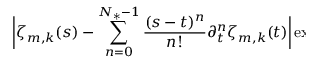
\begin{array} { r l } { \lefteqn { \biggl | \zeta _ { m , k } ( s ) - \sum _ { n = 0 } ^ { N _ { * } - 1 } \frac { ( s - t ) ^ { n } } { n ! } \partial _ { t } ^ { n } \zeta _ { m , k } ( t ) \biggr | \exp \Bigl ( \frac { 4 \pi ^ { 2 } \kappa } { \varepsilon _ { m } ^ { 2 } } ( s - t ) \Bigr ) \, d s } \qquad } & { { } } \end{array}